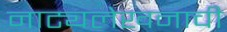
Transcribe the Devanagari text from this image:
नाट्यलेखनाची